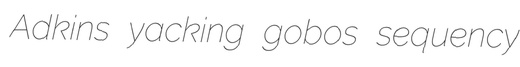
Adkins yacking gobos sequency